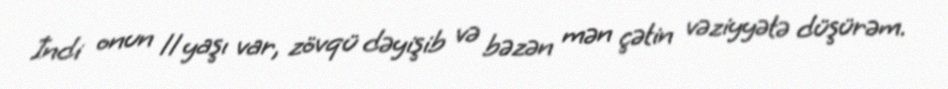
İndi onun 11 yaşı var, zövqü dəyişib və bəzən mən çətin vəziyyətə düşürəm.